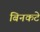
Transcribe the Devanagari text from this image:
बिनकटे